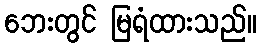
ဘေးတွင် မြရံထားသည်။